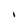
Character: I